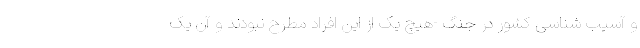
و آسیب شناسی کشور در جنگ -هیچ یک از این افراد مطرح نبودند و آن یک